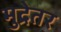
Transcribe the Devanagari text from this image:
मुद्रेतर